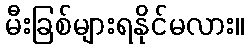
မီးခြစ်များရနိုင်မလား။